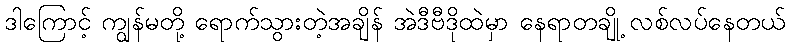
ဒါကြောင့် ကျွန်မတို့ ရောက်သွားတဲ့အချိန် အဲဒီဗီဒိုထဲမှာ နေရာတချို့ လစ်လပ်နေတယ်